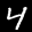
Label: 4